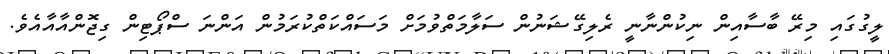
ލީގުގައި މިރޭ ބާސާއިން ނިކުންނާނީ ރެލިގޭޝަނުން ސަލާމަތްވުމަށް މަސައްކަތްކުރަމުން އަންނަ ސްޕޯޓިން ގިޖޮންއާއާއެވެ.